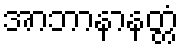
အာဘာနာနတ္တံ